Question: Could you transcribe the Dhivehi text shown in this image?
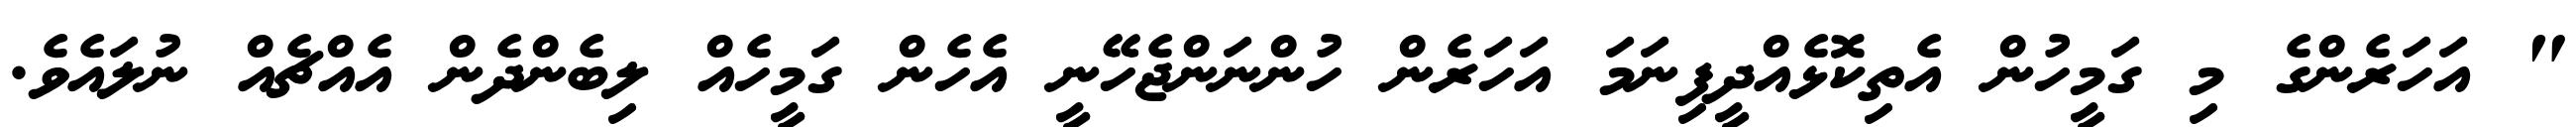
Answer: " އަހަރެންގެ މި ގަމީހުން އެތިކޮޅެއްދީފިނަމަ އަހަރެން ހުންނަންޖެހޭނީ އެހެން ގަމީހެއް ލިބެންދެން އެއްޗެއް ނުލައެވެ.